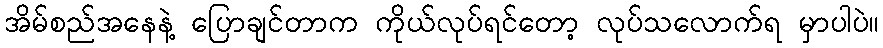
အိမ်စည်အနေနဲ့ ပြောချင်တာက ကိုယ်လုပ်ရင်တော့ လုပ်သလောက်ရ မှာပါပဲ။